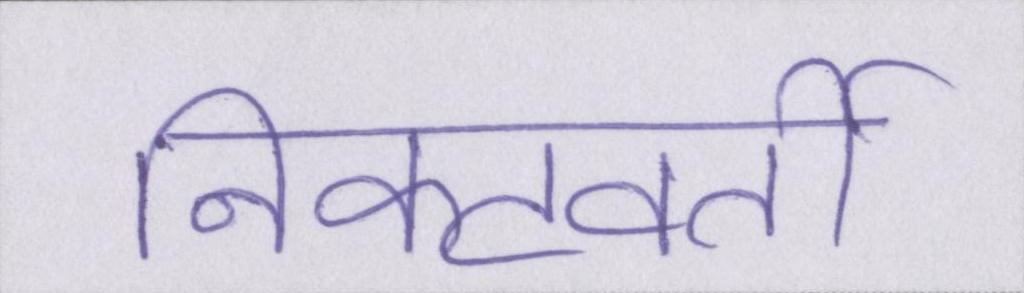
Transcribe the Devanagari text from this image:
निकटवर्ती